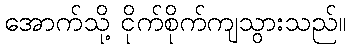
အောက်သို့ ငိုက်စိုက်ကျသွားသည်။